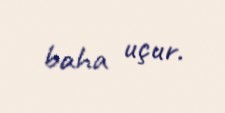
baha uçur.